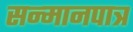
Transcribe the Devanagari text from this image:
सन्‍मानपात्र